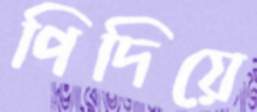
পিদিয়ে